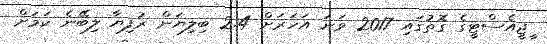
ީޖީއެސްޓީގެ ގޮތުގައި 2017 ވަނަ އަހަރަށް 2.4 ބިލިޔަން ރުފިޔާ ލިބޭނެ ކަމަށް